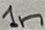
Text: 1n